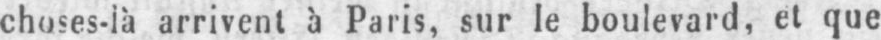
choses-là arrivent à Paris, sur le boulevard, et que